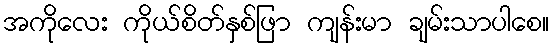
အကိုလေး ကိုယ်စိတ်နှစ်ဖြာ ကျန်းမာ ချမ်းသာပါစေ။